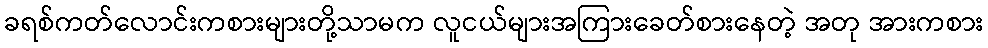
ခရစ်ကတ်လောင်းကစားများတို့သာမက လူငယ်များအကြားခေတ်စားနေတဲ့ အတု အားကစား